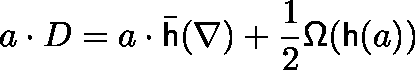
a \cdot D = a \cdot { \bar { \mathsf { h } } } ( \nabla ) + { \frac { 1 } { 2 } } { \mathsf { \Omega } } ( { \mathsf { h } } ( a ) )